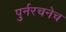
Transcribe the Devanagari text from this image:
पुर्नरचनेच